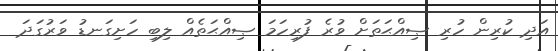
އަދި ކުރިން ހުރި ޞިއްޙަތަށް ވުރެ ފުރިހަމަ ޞިއްޙަތެއް ލިބި ހަށިގަނޑު ވަރުގަދަ